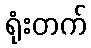
ရုံးတက်